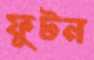
ফুটন